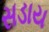
સડાય